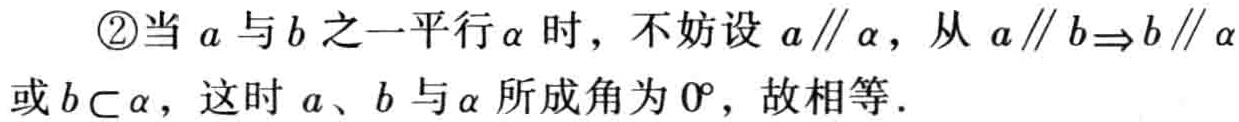
\textcircled{2}当\(a\)与\(b\)之一平行\(\alpha\)时，不妨设\(a\parallel\alpha\)，从\(a\parallel b\Rightarrow b\parallel\alpha\)或\(b\subset \alpha\)，这时\(a\)、\(b\)与\(\alpha\)所成角为\(0^{\circ}\)，故相等．